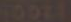
TODZE